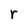
Character: r